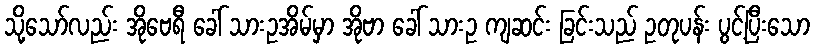
သို့သော်လည်း အိုဗေရီ ခေါ် သားဥအိမ်မှာ အိုဗာ ခေါ် သားဥ ကျဆင်း ခြင်းသည် ဥတုပန်း ပွင့်ပြီးသော